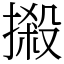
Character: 摋